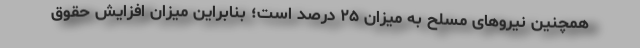
همچنین نیروهای مسلح به میزان ۲۵ درصد است؛ بنابراین میزان افزایش حقوق